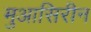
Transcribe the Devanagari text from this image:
मुआसिरीन